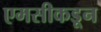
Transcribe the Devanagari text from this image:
एमसीकडून